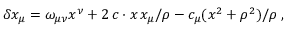
\delta x _ { \mu } = \omega _ { \mu \nu } x ^ { \nu } + 2 \, c \cdot x \, x _ { \mu } / \rho - c _ { \mu } ( x ^ { 2 } + \rho ^ { 2 } ) / \rho \; ,